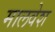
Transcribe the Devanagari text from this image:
मालवेश